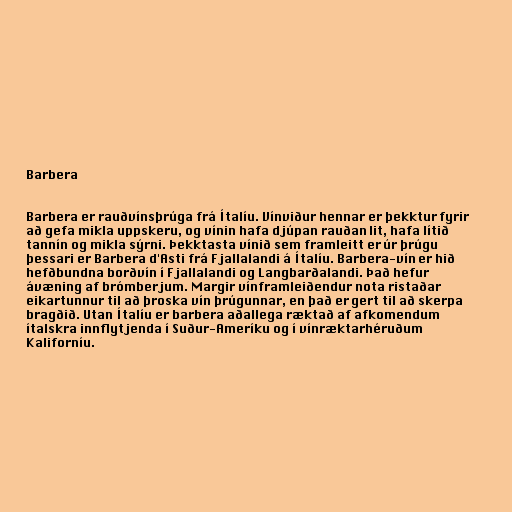
Barbera

Barbera er rauðvínsþrúga frá Ítalíu. Vínviður hennar er þekktur fyrir
að gefa mikla uppskeru, og vínin hafa djúpan rauðan lit, hafa lítið
tannín og mikla sýrni. Þekktasta vínið sem framleitt er úr þrúgu
þessari er Barbera d'Asti frá Fjallalandi á Ítalíu. Barbera-vín er hið
hefðbundna borðvín í Fjallalandi og Langbarðalandi. Það hefur
ávæning af brómberjum. Margir vínframleiðendur nota ristaðar
eikartunnur til að þroska vín þrúgunnar, en það er gert til að skerpa
bragðið. Utan Ítalíu er barbera aðallega ræktað af afkomendum
ítalskra innflytjenda í Suður-Ameríku og í vínræktarhéruðum
Kaliforníu.